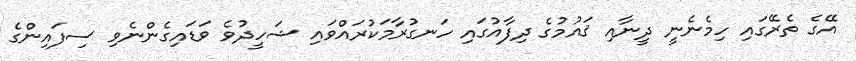
އޭގެ ތެރޭގައި ހިމެނެނީ ދީނާއި ޤައުމުގެ ދިފާއުގައި ހަނގުރާމަކުރައްވައި ޝަހީދުވެ ވަޑައިގެންނެވި ސިފައިންގެ